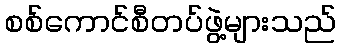
စစ်ကောင်စီတပ်ဖွဲ့များသည်